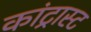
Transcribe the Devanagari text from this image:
कांट्रास्ट